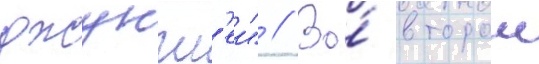
джунгл'еи" // Во́ второи